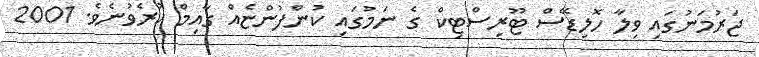
ޖަރުމަނުގައި ވިލާ ހޮލިޑޭސް ޓޫރިސްޓިކް ގެ ނަމުގައި ކުންފުންޏެއް ގާއިމް ކުރެވުނެވެ. 2001